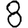
Digit: 8